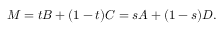
M = t B + ( 1 - t ) C = s A + ( 1 - s ) D .